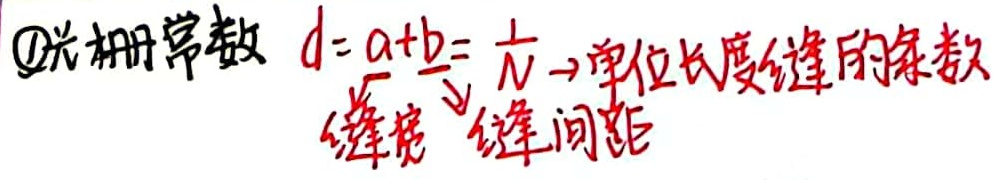
\textcircled{1}光栅常数 $d = a + b=\frac{1}{N}$  $\rightarrow$ 单位长度缝的条数
  缝宽  缝间距